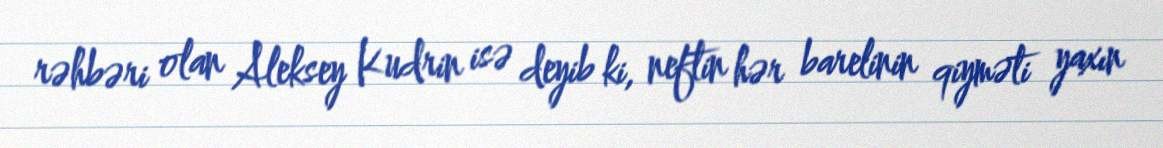
rəhbəri olan Aleksey Kudrin isə deyib ki, neftin hər barelinin qiyməti yaxın